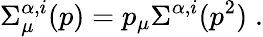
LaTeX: \Sigma_{\mu}^{\alpha,i}(p)=p_{\mu}\Sigma^{\alpha,i}(p^{2})\; .